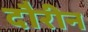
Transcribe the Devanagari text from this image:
दौरीन